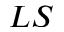
L S